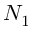
N _ { 1 }